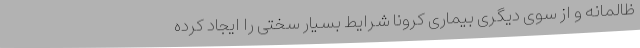
ظالمانه و از سوی دیگری بیماری کرونا شرایط بسیار سختی را ایجاد کرده